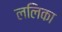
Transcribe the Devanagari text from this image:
ललिका